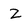
Character: Z